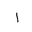
Letter: _alif